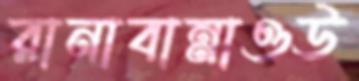
রানাবান্নাওউ